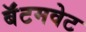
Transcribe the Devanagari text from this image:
बॅंटमवेट